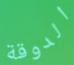
الدوقة